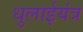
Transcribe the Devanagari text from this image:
धुलाईयंत्र